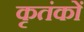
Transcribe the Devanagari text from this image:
कृतंकों